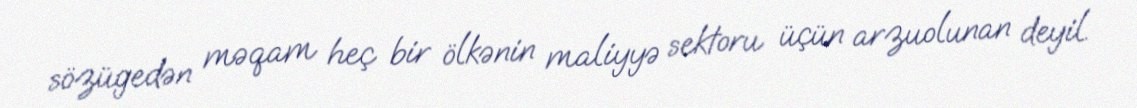
sözügedən məqam heç bir ölkənin maliyyə sektoru üçün arzuolunan deyil.